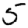
Digit: 5